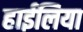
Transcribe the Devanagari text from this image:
हाईलिया